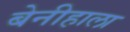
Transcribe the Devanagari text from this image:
बेनीहाला